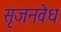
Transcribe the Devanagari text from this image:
सृजनवेध